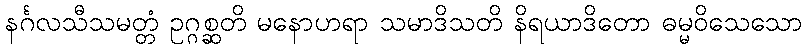
နင်္ဂလသီသမတ္တံ ဥဂ္ဂစ္ဆတိ မနောဟရာ သမာဒိသတိ နိရယာဒိတော ဓမ္မဝိသေသော